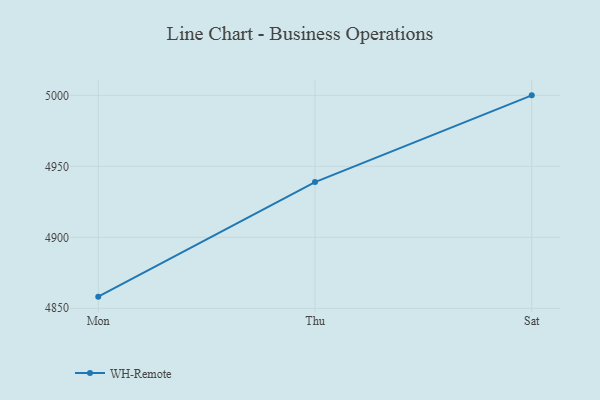
{"axis": {"x": "Day", "y": "Operating Costs (USD K)"}, "legend": ["WH-Remote"], "data": [{"x": "Mon", "y": 4858.2, "type": "WH-Remote"}, {"x": "Thu", "y": 4938.9, "type": "WH-Remote"}, {"x": "Sat", "y": 5000, "type": "WH-Remote"}]}